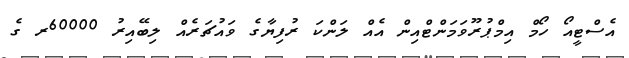
އެސްޓީއޯ ހޯމް އިމްޕުރޫވަމަންޓްއިން އެއް ލަންކަ ރުފިޔާގެ ވައުޗަރެއް ލިބޭއިރު 60000ރ ގެ